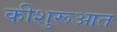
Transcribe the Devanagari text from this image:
कीशुरूआत